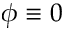
\phi \equiv 0